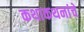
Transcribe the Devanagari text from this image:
कथाकथनांचे